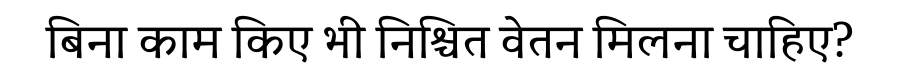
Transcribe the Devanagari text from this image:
बिना काम किए भी निश्चित वेतन मिलना चाहिए?